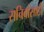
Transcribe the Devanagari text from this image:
सचिवांसाठी